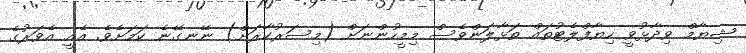
ޝިޔާމް ވިދާޅުވީ ހިޔާފްލެޓުތައް ތަޅާލަންވެސް މިމީހުންނަށް (މިސަރުކާރަށް) ނޭނގޭނެ ކަމަށެވެ. އެއީ އެވަރުގެ